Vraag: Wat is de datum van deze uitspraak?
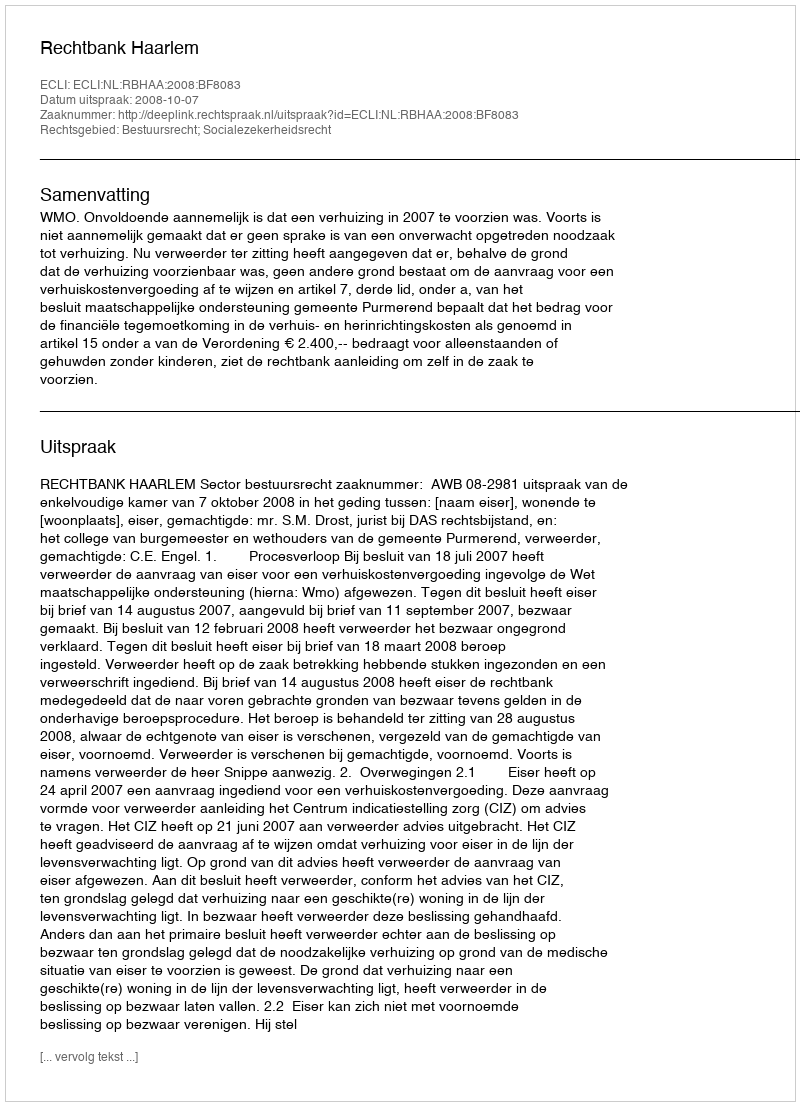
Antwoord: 2008-10-07